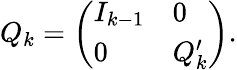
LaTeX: Q_{k}={\left(\begin{array}{ll}{I_{k-1}}&{0}\\ {0}&{Q_{k}^{\prime}}\end{array}\right)}.